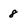
Character: 8